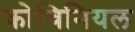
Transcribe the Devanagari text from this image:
कोचिनियल